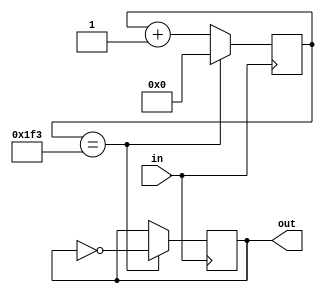
// Phase-Frequency Detector
//
// George Smart, M1GEO.
// https://www.george-smart.co.uk/
// 11 Feb 2020

// Prescaler devices by 1000.
module prescaler (
	input in,
	output out
);

	reg [8:0] counter;
	reg output_bit;
	
	initial begin
		counter = 9'b0;
		output_bit = 1'b0;
	end
	
	always @(posedge in) begin
		counter <= counter + 1'b1;
		if (counter == 499) begin
			output_bit <= ~output_bit; // invert output
			counter <= 9'b0;
		end
	end
	assign out = output_bit;

endmodule

// D Flip Flop Latch with async positive reset
module d_flop(
	input D,
	input clk,
	input reset,
	output reg Q
);

	initial Q = 0;

	always @(posedge clk or posedge reset) begin
		if(reset==1'b1)
			Q <= 1'b0;
		else
			Q <= D;
	end
endmodule 

// Phase-frequency detector - in1 is the reference
module pfd 
	#(
	parameter LOCK_DELAY_LEN=10
	)(
	input in1,
	input in2,
	
	output up,
	output down,
	output lock
);

	// PFD Section
	wire q1;
	wire q2;
	wire rst;

	d_flop d1(.D(1'b1), .clk(in1), .reset(rst), .Q(q1));
	d_flop d2(.D(1'b1), .clk(in2), .reset(rst), .Q(q2));
	
	assign rst = q1 & q2;
	assign up = q1;
	assign down = q2;
	
	// LOCK DETECT Section - GS TODO: this bit needs some thinking about
	reg [LOCK_DELAY_LEN-1:0] locked_delay;
	initial locked_delay = 0;

	wire locked_this_cycle;
	assign locked_this_cycle = (q1 == 1'b0) & (q2 == 1'b0);
	
	always @(posedge in1 or posedge in2) begin
		locked_delay <= {locked_delay[LOCK_DELAY_LEN-2:0], locked_this_cycle};
	end
	
	assign lock = &locked_delay;
endmodule